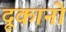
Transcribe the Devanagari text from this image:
दूकानो